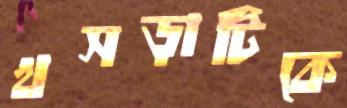
খসড়াটিকে